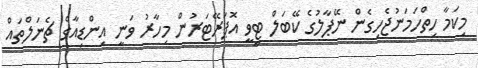
މިކަމާ ހިތްހަމަނުޖެހިގެން ނޭޕާލުގެ ކޭބަލް ޓީވީ އޮޕަރޭޓަރުން މިހާރު ވަނީ އިންޑިއާގެ ޗެނަލްތައް